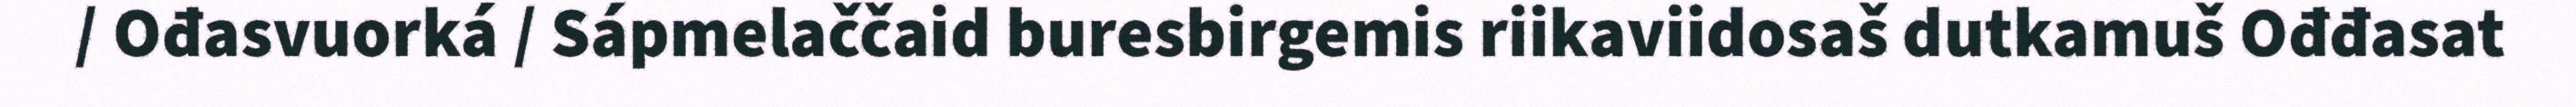
/ Ođasvuorká / Sápmelaččaid buresbirgemis riikaviidosaš dutkamuš Ođđasat